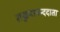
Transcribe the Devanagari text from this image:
सज्जनानन्ददाता